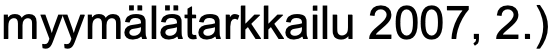
myymälätarkkailu 2007, 2.)